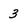
Character: 3